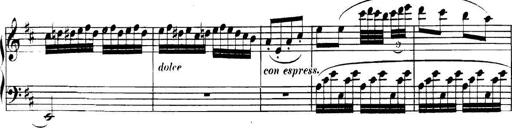
Title: Collected Piano Sonatas
Composer: Muzio Clementi